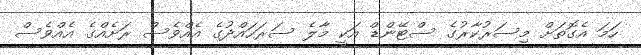
ހަމަ އެގޮތަށް މިސަރުކާރުގެ ސްޓޭންޑް އަކީ މާލެ ސަރަހައްދުގެ އެއްވެސް ރަށެއްގެ އެއްވެސް